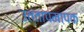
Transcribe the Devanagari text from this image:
उत्तापमापक